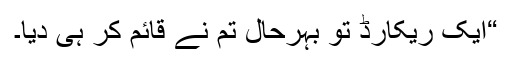
“ایک ریکارڈ تو بہرحال تم نے قائم کر ہی دیا۔